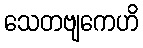
သေတဗျကေဟိ